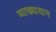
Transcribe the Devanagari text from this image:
व्याख्यायान